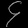
Digit: ၄